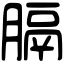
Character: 膈